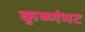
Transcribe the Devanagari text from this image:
कृष्णंभट